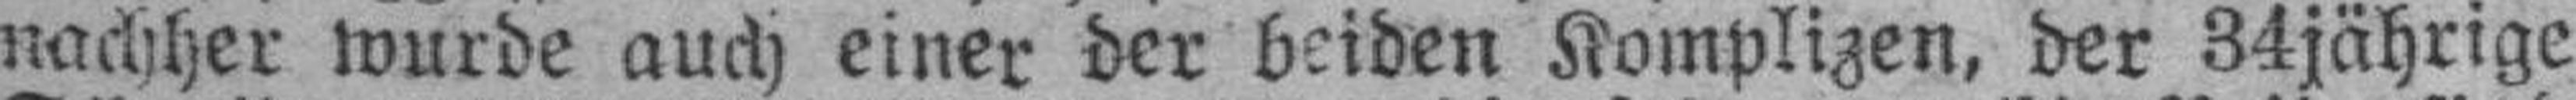
nachher wurde auch einer der beiden Komplizen, der 34jährige